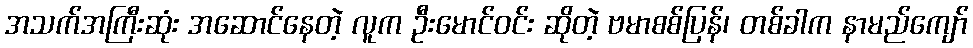
အသက်အကြီးဆုံး အဆောင်နေတဲ့ လူက ဦးမောင်ဝင်း ဆိုတဲ့ ဗမာစစ်ပြန်၊ တစ်ခါက နာမည်ကျော်